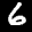
Label: 6